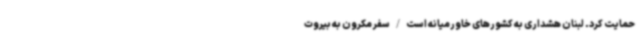
حمایت کرد. لبنان هشداری به کشورهای خاورمیانه است/سفر مکرون به بیروت